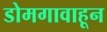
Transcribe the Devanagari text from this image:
डोमगावाहून